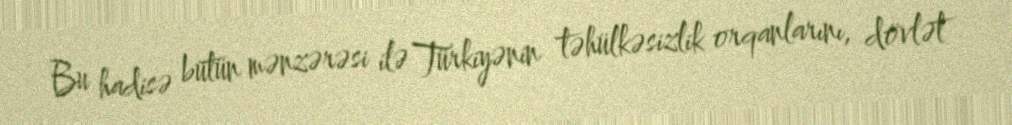
Bu hadisə bütün mənzərəsi ilə Türkiyənin təhülkəsizlik orqanlarını, dövlət